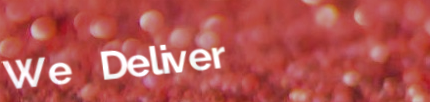
We Deliver